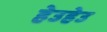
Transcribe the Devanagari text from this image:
हेउहेउ